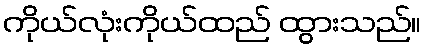
ကိုယ်လုံးကိုယ်ထည် ထွားသည်။